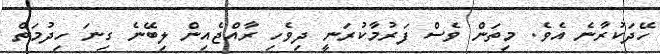
ހޭދަކުރާނެ އެވެ. މިތަން ވެސް ފަރުމާކުރަނީ ދިވެހި ރާއްޖެއިން ލިބޭނެ ގިނަ ހިދުމަތް